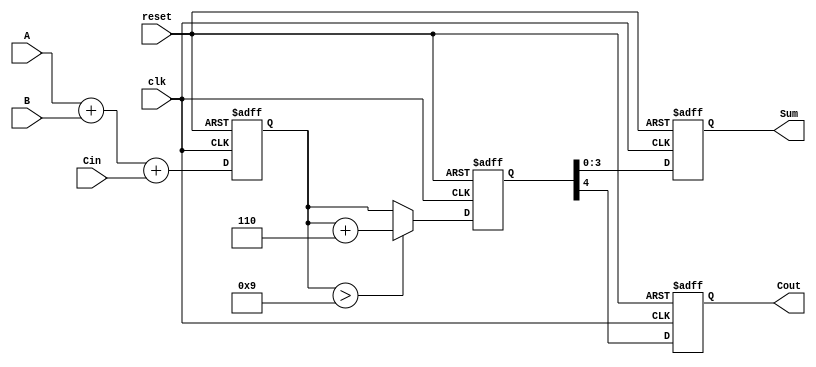
module bcd_pipelined_adder (
    input  wire [3:0] A,        // BCD input A
    input  wire [3:0] B,        // BCD input B
    input  wire Cin,            // Carry-in
    input  wire clk,            // Clock signal
    input  wire reset,          // Reset signal
    output reg  [3:0] Sum,      // BCD sum output
    output reg  Cout            // Carry-out
);

    // Intermediate signals
    reg [4:0] raw_sum;          // 5-bit raw sum to hold A + B + Cin
    reg [4:0] corrected_sum;    // 5-bit corrected sum

    // Stage 1: Binary addition
    always @(posedge clk or posedge reset) begin
        if (reset) begin
            raw_sum <= 5'b0;     // Reset raw_sum
        end else begin
            raw_sum <= A + B + Cin;  // Add A, B and Cin
        end
    end

    // Stage 2: BCD Correction logic
    always @(posedge clk or posedge reset) begin
        if (reset) begin
            corrected_sum <= 5'b0; // Reset corrected_sum
        end else begin
            if (raw_sum > 9) begin
                corrected_sum <= raw_sum + 5'b0110; // Add 6 to correct BCD
            end else begin
                corrected_sum <= raw_sum; // No correction needed
            end
        end
    end

    // Stage 3: Output registers
    always @(posedge clk or posedge reset) begin
        if (reset) begin
            Sum <= 4'b0;         // Reset Sum
            Cout <= 1'b0;        // Reset Carry-out
        end else begin
            Sum <= corrected_sum[3:0]; // Assign lower 4 bits of corrected sum to Sum
            Cout <= corrected_sum[4];   // Assign the carry out bit
        end
    end

endmodule